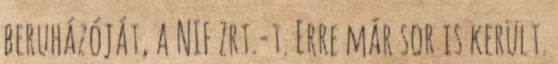
beruházóját, a NIF Zrt.-t. Erre már sor is került.